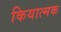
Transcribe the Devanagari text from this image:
कियात्मक